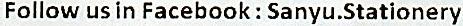
FOLLOW US IN FACEBOOK : SANYU.STATIONERY